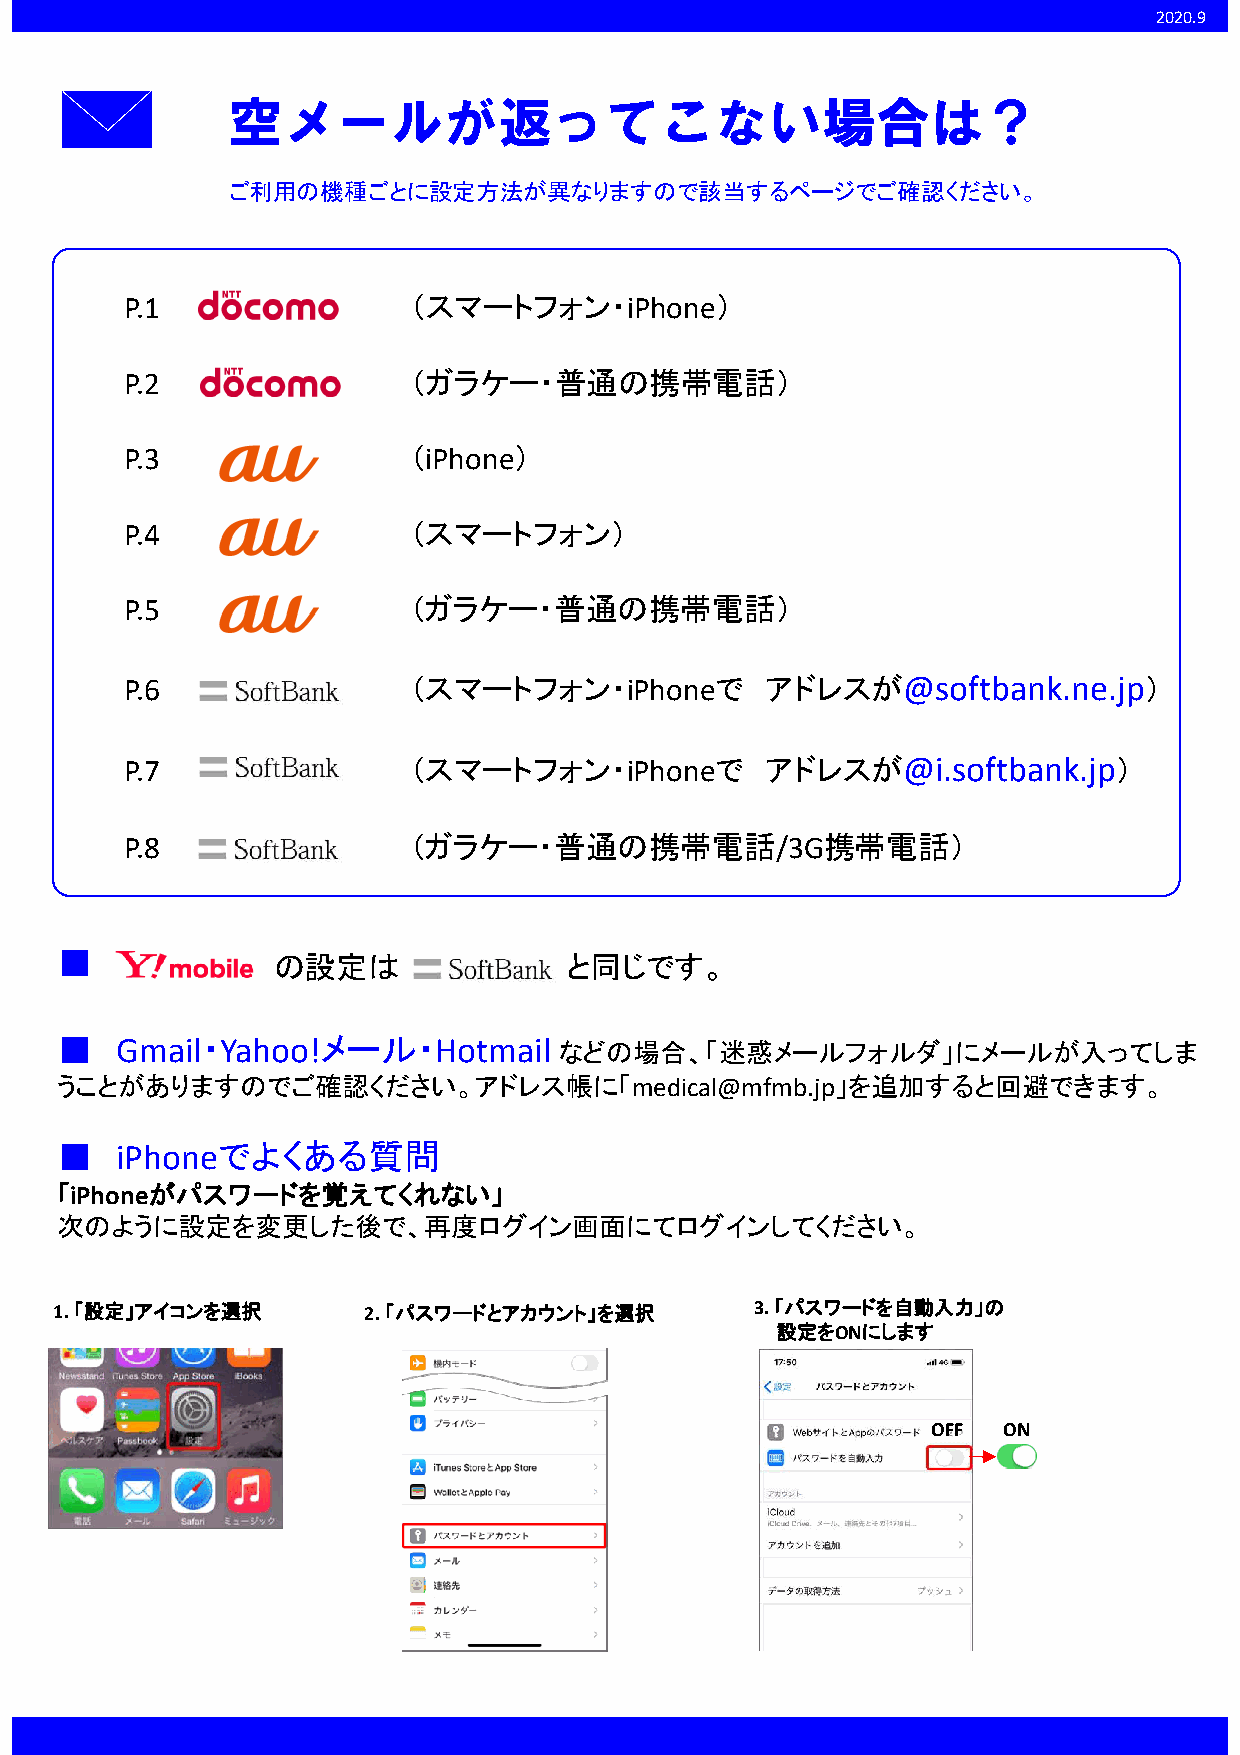
2020.9
 空メールが返ってこない場合は？
 ご利用の機種ごとに設定方法が異なりますので該当するページでご確認ください。
 P.1                （スマートフォン・iPhone）
 P.2                （ガラケー・普通の携帯電話）
 P.3                （iPhone）
 P.4                （スマートフォン）
 P.5                （ガラケー・普通の携帯電話）
 P.6                （スマートフォン・iPhoneで        アドレスが@softbank.ne.jp）
 P.7                （スマートフォン・iPhoneで        アドレスが@i.softbank.jp）
 P.8                （ガラケー・普通の携帯電話/3G携帯電話）
 ■
 の設定は               と同じです。
 ■   Gmail・Yahoo!メール・Hotmail
 などの場合、「迷惑メールフォルダ」にメールが入ってしま
 うことがありますのでご確認ください。アドレス帳に「medical@mfmb.jp」を追加すると回避できます。
 ■   iPhoneでよくある質問
 「iPhoneがパスワードを覚えてくれない」
 次のように設定を変更した後で、再度ログイン画面にてログインしてください。
 1. 「設定」アイコンを選択      2. 「パスワードとアカウント」を選択       3. 「パスワードを自動入力」の
 設定をONにします
 OFF ON